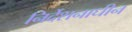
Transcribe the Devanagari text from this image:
निर्देशनाधीन